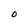
Character: O